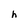
Character: h